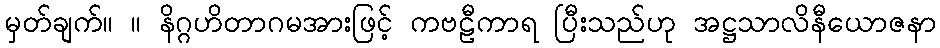
မှတ်ချက်။ ။ နိဂ္ဂဟိတာဂမအားဖြင့် ကဗဠီကာရ ပြီးသည်ဟု အဋ္ဌသာလိနီယောဇနာ